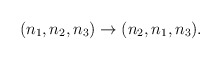
\begin{align*}(n_1,n_2,n_3) \rightarrow (n_2,n_1,n_3).\end{align*}